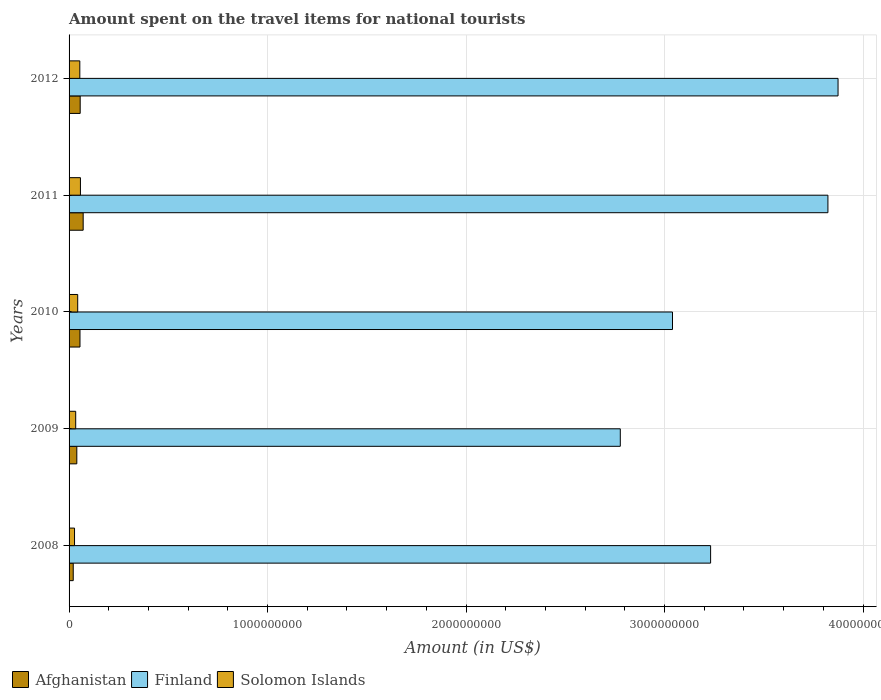
| Years | Afghanistan | Finland | Solomon Islands |
 | --- | --- | --- | --- |
 | 2008 | 2.1e+07 | 3.23e+09 | 2.75e+07 |
 | 2009 | 3.9e+07 | 2.78e+09 | 3.34e+07 |
 | 2010 | 5.5e+07 | 3.04e+09 | 4.35e+07 |
 | 2011 | 7.1e+07 | 3.82e+09 | 5.73e+07 |
 | 2012 | 5.6e+07 | 3.87e+09 | 5.41e+07 |